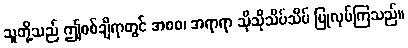
သူတို့သည် ဤစစ်ချီရာတွင် အစစ၊ အရာရာ သိုသိုသိပ်သိပ် ပြုလုပ်ကြသည်။